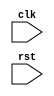
module my_module (
    input clk,
    input rst
);

// Declare registers or variables for storing data

always @(posedge clk, negedge rst) begin
    // Logic and operations to be executed on positive clock edge and negative reset edge
end

endmodule